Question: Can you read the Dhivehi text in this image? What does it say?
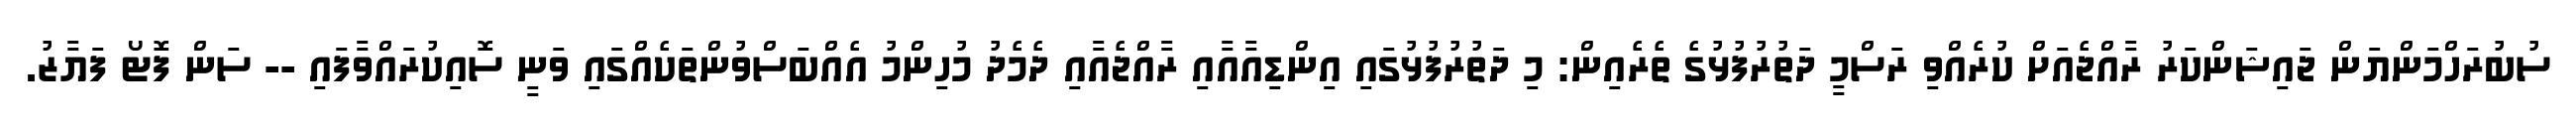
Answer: ސުބުރަހްމަންޔަން ޖައިޝަންކަރު ރާއްޖެއަށް ކުރެއްވި ރަސްމީ ދަތުރުފުޅުގެ ތެރެއިން: މި ދަތުރުފުޅުގައި އިންޑިއާއާއި ރާއްޖެއާއި ދެމެދު މުހިންމު އެއްބަސްވުންތަކެއްގައި ވަނީ ސޮއިކުރައްވާފައި -- ސަން ފޮޓޯ ފަޔާޒު.